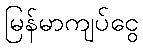
မြန်မာကျပ်ငွေ